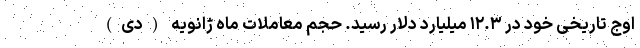
اوج تاریخی خود در ۱۲.۳ میلیارد دلار رسید. حجم معاملات ماه ژانویه (دی)